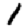
Digit: 1